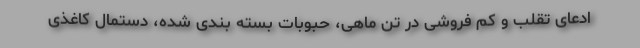
ادعای تقلب و کم فروشی در تن ماهی، حبوبات بسته بندی شده، دستمال کاغذی